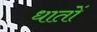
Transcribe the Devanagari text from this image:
धातों